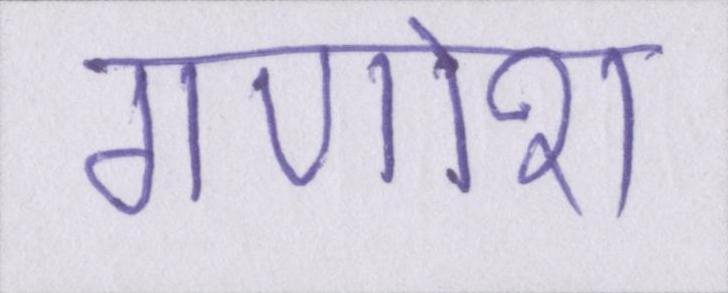
गणोश